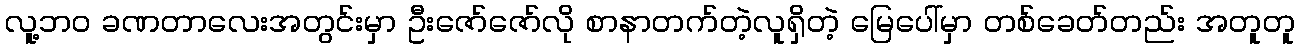
လူ့ဘဝ ခဏတာလေးအတွင်းမှာ ဦးဇော်ဇော်လို စာနာတက်တဲ့လူရှိတဲ့ မြေပေါ်မှာ တစ်ခေတ်တည်း အတူတူ